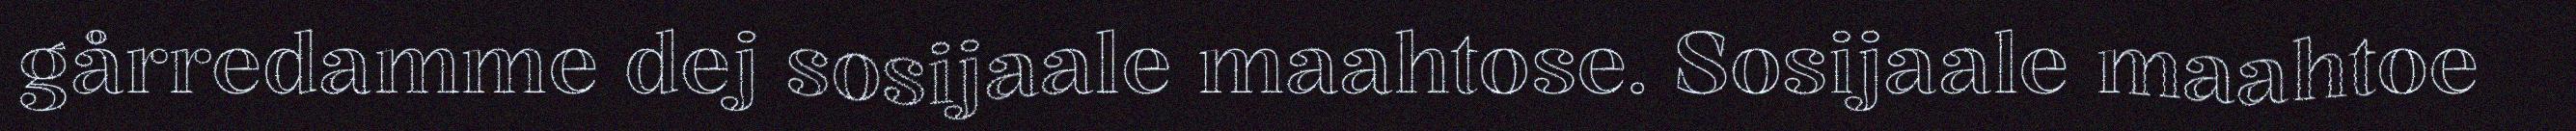
gårredamme dej sosijaale maahtose. Sosijaale maahtoe